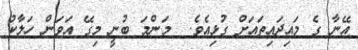
އޭނާ ގެ މައިދައިތައަށް ގުޅިއެވެ.  މަންމަ ބުނީ މިގޭ އަވަން ހަލާކު